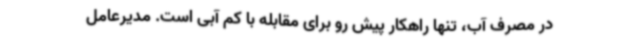
در مصرف آب، تنها راهکار پیش رو برای مقابله با کم آبی است. مدیرعامل